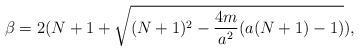
LaTeX: \begin{align*} \beta = 2 (N+1+\sqrt{(N+1)^2-\frac{4m}{a^2}(a(N+1)-1)}),\end{align*}